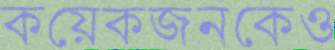
কয়েকজনকেও